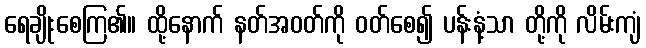
ရေချိုးစေကြ၏။ ထို့နောက် နတ်အဝတ်ကို ဝတ်စေ၍ ပန်းနံ့သာ တို့ကို လိမ်းကျံ